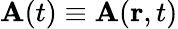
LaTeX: \textbf{A}(t)\equiv\textbf{A}(\textbf{r},t)